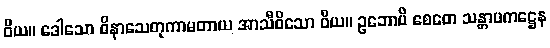
ဝိယ။ ဒေါသော ဝိနာသေတုကာမတာယ အာသီဝိသော ဝိယ။ ဥဘောပိ စေတေ သန္တာပကဋ္ဌေန